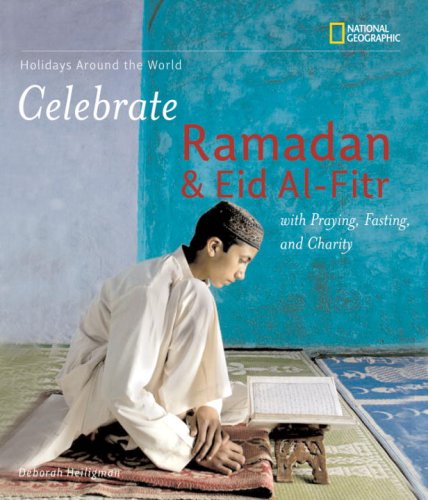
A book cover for Holidays Around the World: Celebrate Ramadan and Eid al-Fitr; Deborah Heiligman; Children's Books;